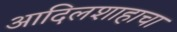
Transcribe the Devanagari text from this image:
आदिलशाहाचा